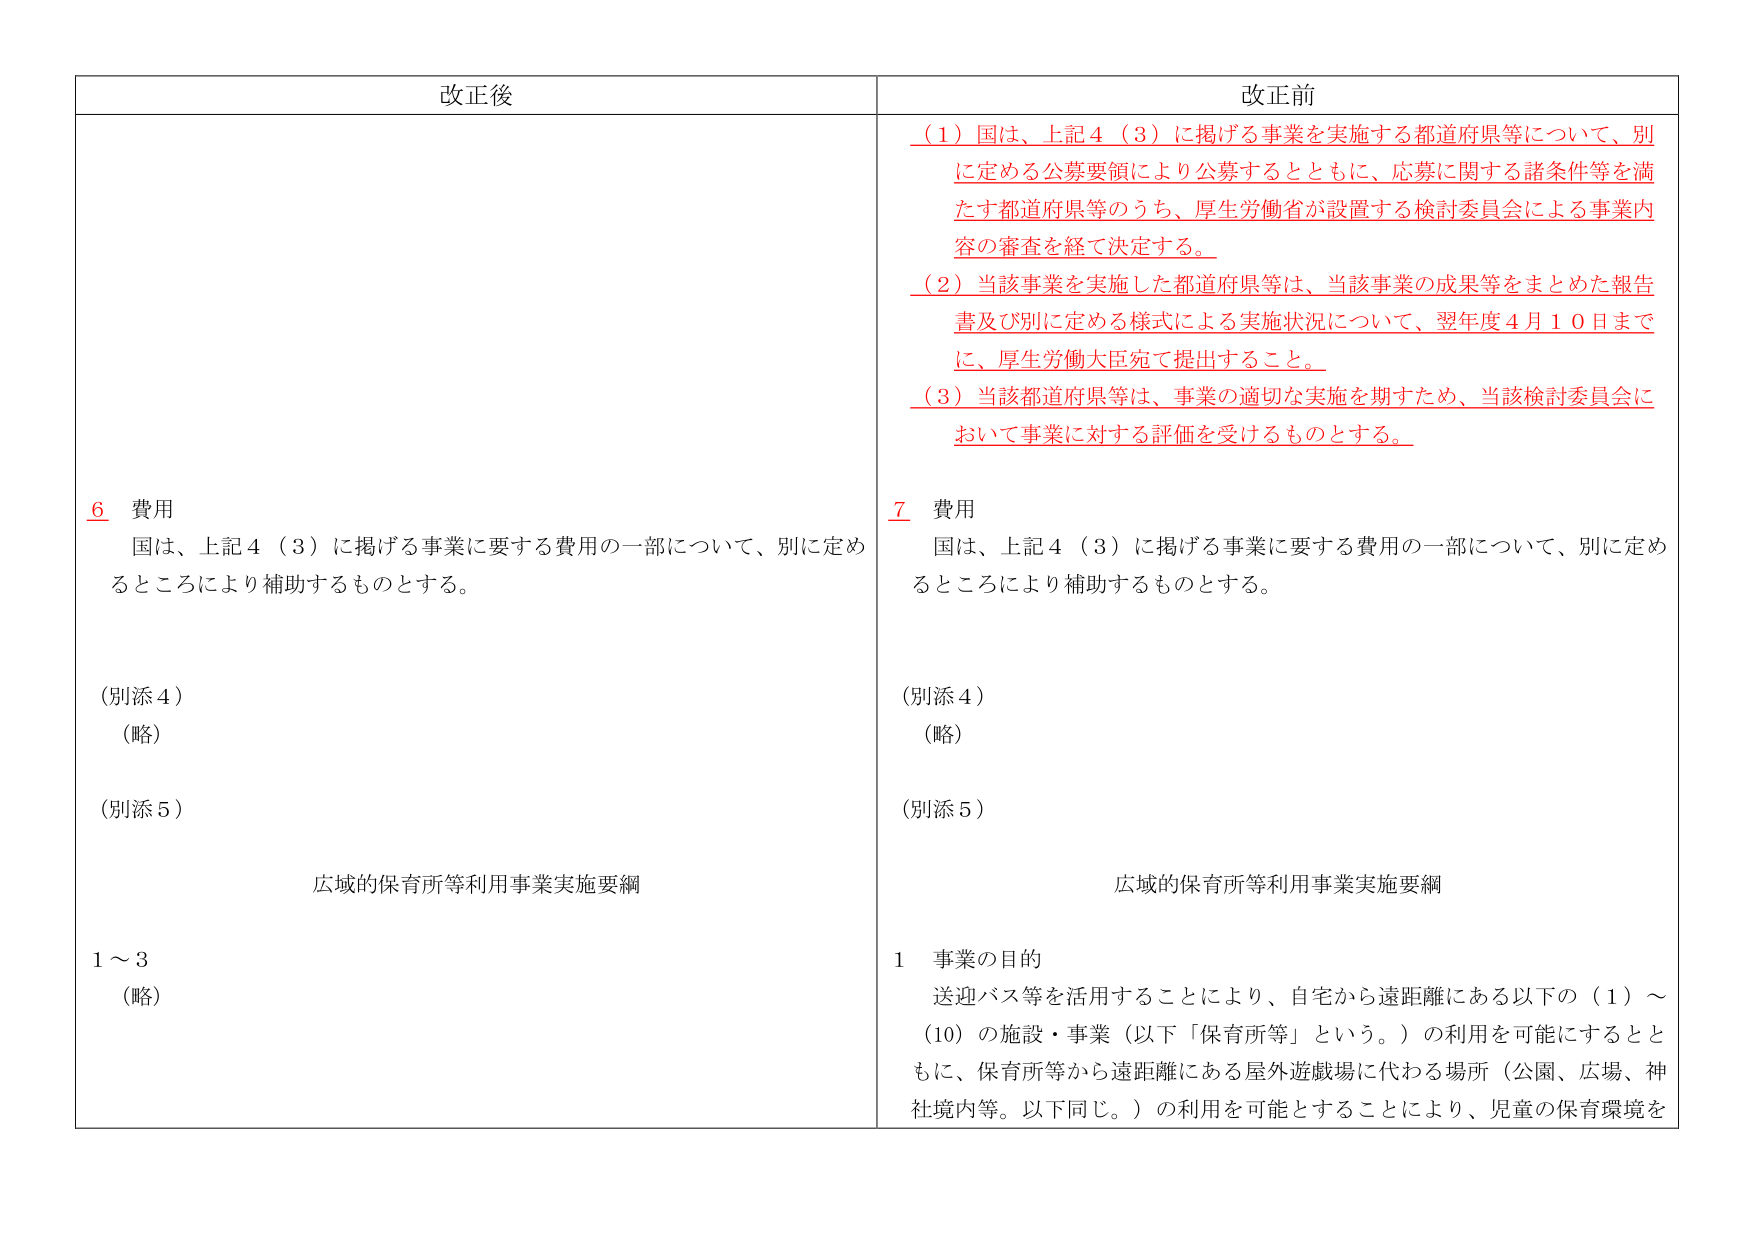
改正後

6 費用
国は、上記4（3）に掲げる事業に要する費用の一部について、別に定めるところにより補助するものとする。

（別添4）
（略）

（別添5）

広域的保育所等利用事業実施要綱

1～3
（略）

改正前

（1）国は、上記4（3）に掲げる事業を実施する都道府県等について、別に定める公募要領により公募するとともに、応募に関する諸条件等を満たす都道府県等のうち、厚生労働省が設置する検討委員会による事業内容の審査を経て決定する。

（2）当該事業を実施した都道府県等は、当該事業の成果等をまとめた報告書及び別に定める様式による実施状況について、翌年度4月10日までに、厚生労働大臣宛て提出すること。

（3）当該都道府県等は、事業の適切な実施を期すため、当該検討委員会において事業に対する評価を受けるものとする。

7 費用
国は、上記4（3）に掲げる事業に要する費用の一部について、別に定めるところにより補助するものとする。

（別添4）
（略）

（別添5）

広域的保育所等利用事業実施要綱

1 事業の目的
送迎バス等を活用することにより、自宅から遠距離にある以下の（1）～（10）の施設・事業（以下「保育所等」という。）の利用を可能にするとともに、保育所等から遠距離にある屋外遊戯場に代わる場所（公園、広場、神社境内等。以下同じ。）の利用を可能とすることにより、児童の保育環境を